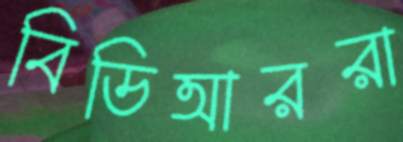
বিডিআররা